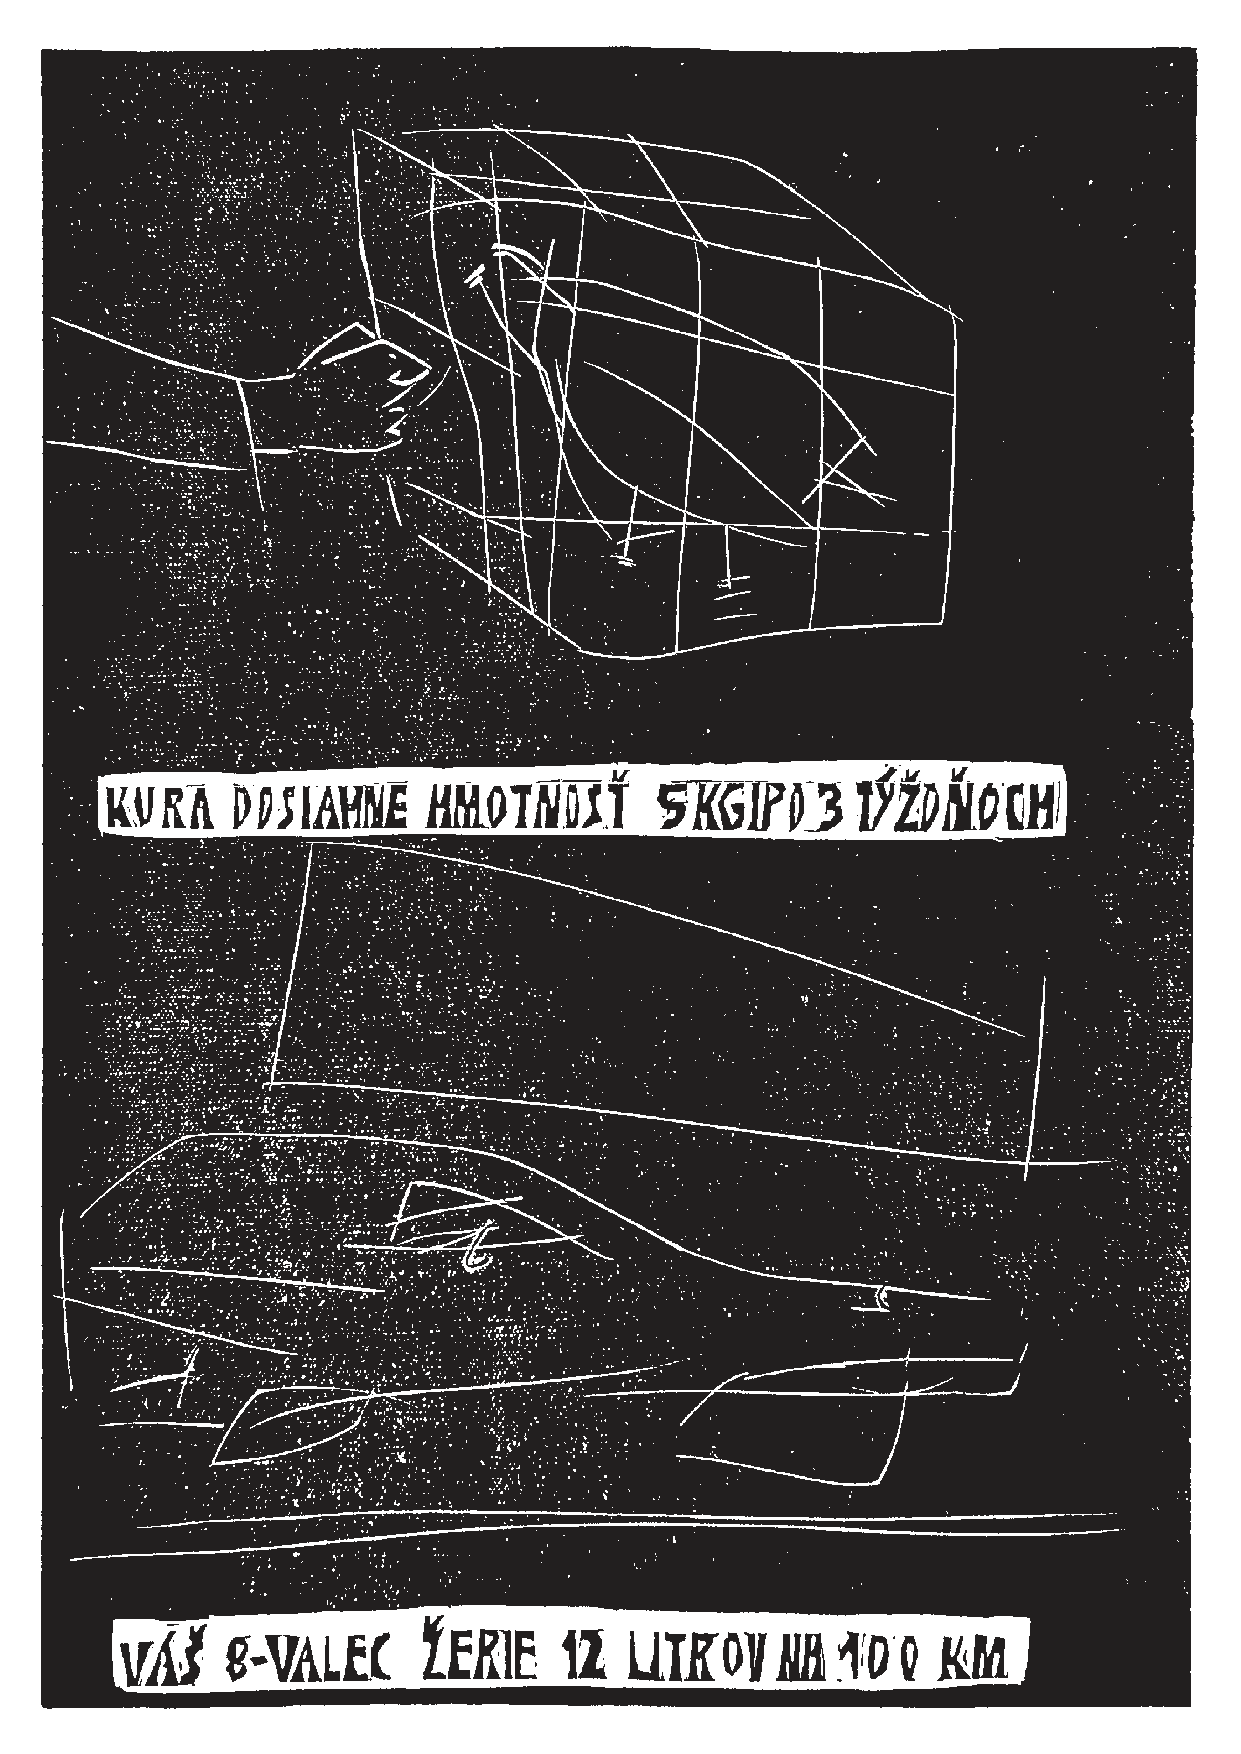
ja_kriza_130827.indd 6                                                  8/27/13 7:50 PM